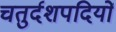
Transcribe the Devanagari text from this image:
चतुर्दशपदियों